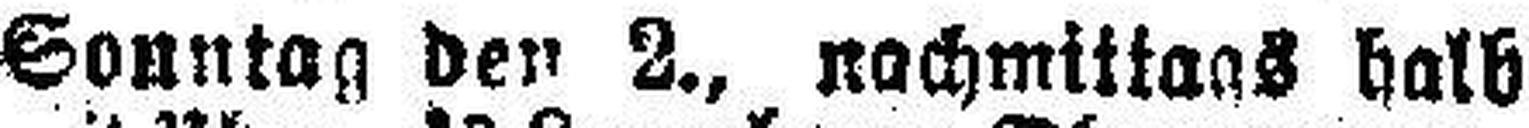
Sonntag den 2., nachmittags halb